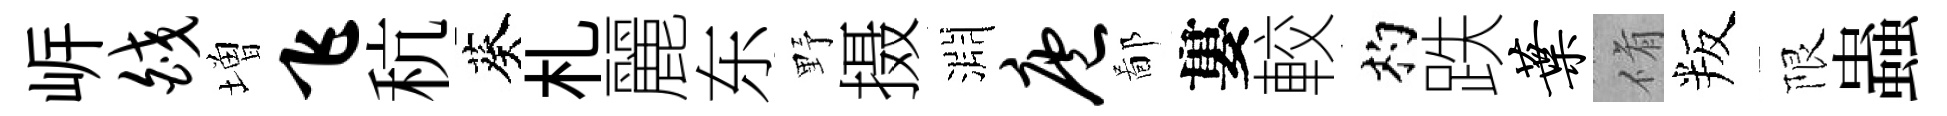
㟁皎増飞秔葵札麗东野摄淵庖鄙婁較杓跌叶脩叛限蟲